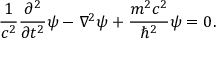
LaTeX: { \frac { 1 } { c ^ { 2 } } } { \frac { \partial ^ { 2 } } { \partial t ^ { 2 } } } \psi - \nabla ^ { 2 } \psi + { \frac { m ^ { 2 } c ^ { 2 } } { \hbar ^ { 2 } } } \psi = 0 .